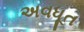
અવધૂત